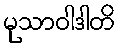
မုသာဝါဒါတိ